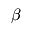
\beta